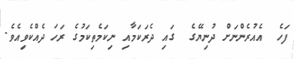
ފަހެ  އެއުރެންނަށް ދުނިޔޭގެ  ގައި ދެރަކަމާއި ނިކަމެތިކަމުގެ ރަހަ ދެއްކެވިއެވެ.